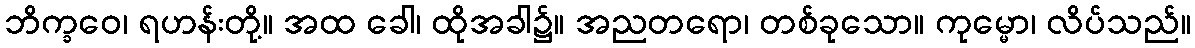
ဘိက္ခဝေ၊ ရဟန်းတို့။ အထ ခေါ၊ ထိုအခါ၌။ အညတရော၊ တစ်ခုသော။ ကုမ္မော၊ လိပ်သည်။